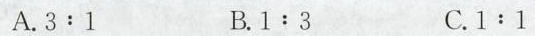
A.3:1 B.1:3 C.1:1